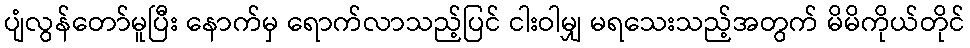
ပျံလွန်တော်မူပြီး နောက်မှ ရောက်လာသည့်ပြင် ငါးဝါမျှ မရသေးသည့်အတွက် မိမိကိုယ်တိုင်